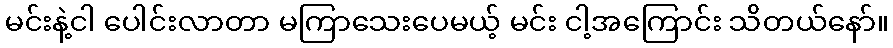
မင်းနဲ့ငါ ပေါင်းလာတာ မကြာသေးပေမယ့် မင်း ငါ့အကြောင်း သိတယ်နော်။